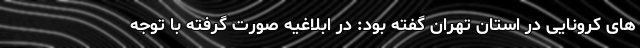
های کرونایی در استان تهران گفته بود: در ابلاغیه صورت گرفته با توجه